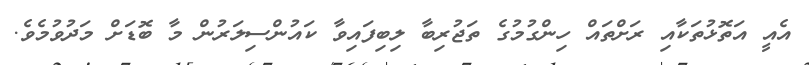
އެއީ އަތޮޅުތަކާއި ރަށްތައް ހިންގުމުގެ ތަޖުރިބާ ލިބިފައިވާ ކައުންސިލަރުން މާ ބޮޑަށް މަދުވުމެވެ.